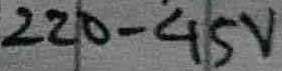
Text: 220-45V